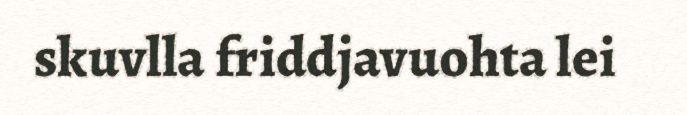
skuvlla friddjavuohta lei